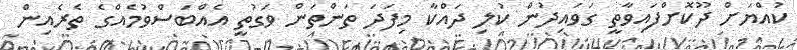
ކުއްޔަށް ދޫކޮށްފައިވާތީ ގަވައިދުން ކުލި ދައްކާ މިފަދަ ތަންތަން ވަގުތީ އެއްބަސްވުމެއްގެ ތެރެއިން